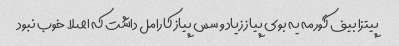
پیتزا بیف گورمه یه بوی پیاز زیاد و سس پیاز کارامل داشت که اصلا خوب نبود